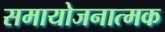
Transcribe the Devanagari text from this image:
समायोजनात्मक